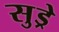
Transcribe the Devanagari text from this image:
सुड्रे